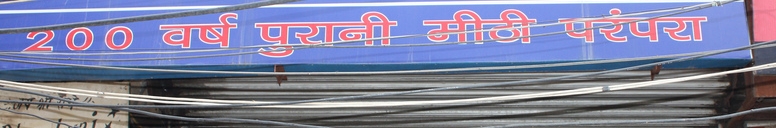
Language: hindi
Transcription: परंपरा वर्ष पुरानी मीठी